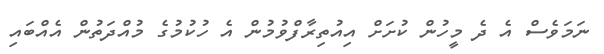
ނަމަވެސް އެ ދެ މީހުން ކުށަށް އިއުތިރާފްވުމުން އެ ހުކުމުގެ މުއްދަތުން އެއްބައި